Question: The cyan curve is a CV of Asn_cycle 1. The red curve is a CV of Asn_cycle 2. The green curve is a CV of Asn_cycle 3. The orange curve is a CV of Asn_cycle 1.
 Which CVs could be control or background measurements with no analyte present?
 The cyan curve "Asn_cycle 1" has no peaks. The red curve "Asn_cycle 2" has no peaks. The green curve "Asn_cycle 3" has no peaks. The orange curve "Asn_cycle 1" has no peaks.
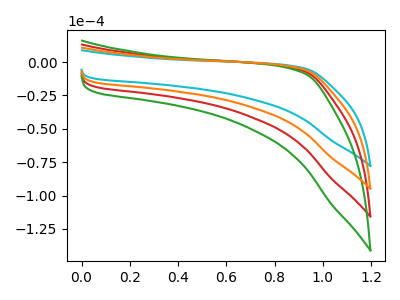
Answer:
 <answer>"Asn_cycle 1", "Asn_cycle 2", "Asn_cycle 3" and "Asn_cycle 1" are likely to be blanks.</answer>
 <eval>"Asn_cycle 1", "Asn_cycle 2", "Asn_cycle 3", "Asn_cycle 1"</eval>